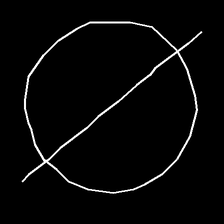
Glyph: orb